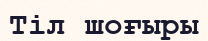
Тіл шоғыры